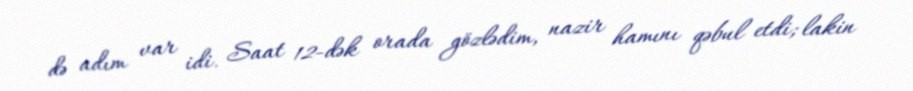
də adım var idi. Saat 12-dək orada gözlədim, nazir hamını qəbul etdi; lakin